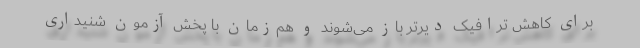
برای کاهش ترافیک دیرتر باز می‌شوند و هم‌زمان با پخش آزمون شنیداری